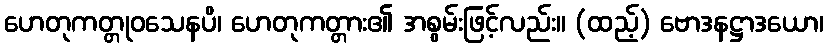
ဟေတုကတ္တုဝသေနပိ၊ ဟေတုကတ္တား၏ အစွမ်းဖြင့်လည်း။ (ထည့်) ဗောဒနဋ္ဌာဒယော၊